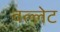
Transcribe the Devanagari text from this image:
वल्लेट